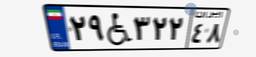
۲۹W۳۲۲۴۸